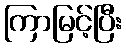
ကြာမြင့်ပြီး